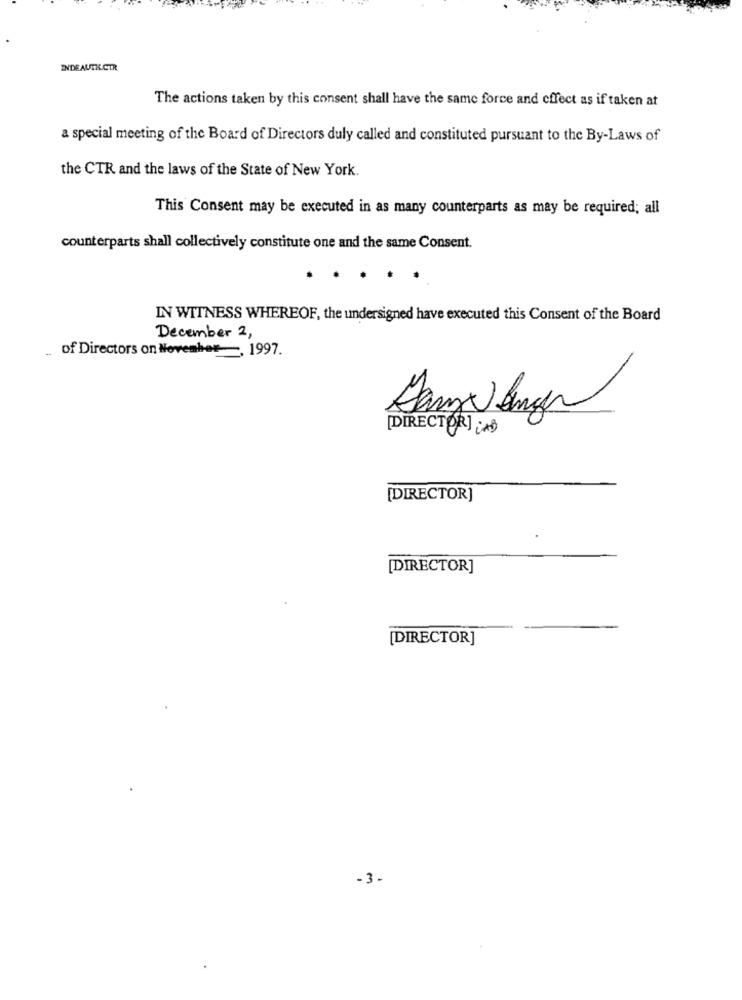
INDEAUTH CTR
The actions taken by this consent shall have the same force and effect as if taken at
a special meeting of the Board of Directors duly called and constituted pursuant to the By-Laws of
the CTR and the laws of the State of New York.
This Consent may be executed in as many counterparts as may be required; all
counterparts shall collectively constitute one and the same Consent.
IN WITNESS WHEREOF, the undersigned have executed this Consent of the Board
December 2,
of Directors on November , 1997.
[DIRECTOR] [A]
[DIRECTOR]
[DIRECTOR]
[DIRECTOR]
-3-